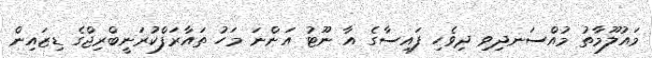
މައުލޫމާތު މުއްސަނދިވި ދިވެހި ފައިސާގެ އާ ނޫޓު އަންނަ މަހު ތައާރަފްކުރަނީބްރިޖްގެ ޑިޒައިން